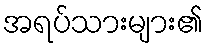
အရပ်သားများ၏